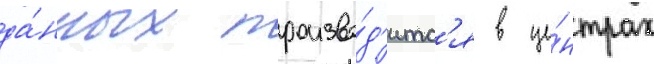
да́нных произво́д'итс'я в це́нтрах